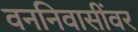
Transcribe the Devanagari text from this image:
वननिवासींवर